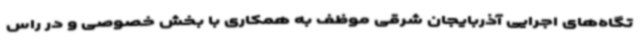
تگاه‌های اجرایی آذربایجان شرقی موظف به همکاری با بخش خصوصی و در راس